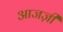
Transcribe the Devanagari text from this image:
आजज़ी